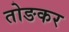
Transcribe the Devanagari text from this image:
तोङकर